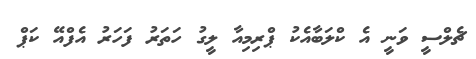
ޗެލްސީ ވަނީ އެ ކްލަބާއެކު ޕްރިމިއާ ލީގު ހަތަރު ފަހަރު އެފްއޭ ކަޕް